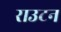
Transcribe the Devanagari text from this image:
राउटन